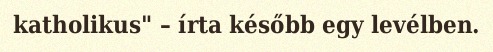
katholikus" – írta később egy levélben.